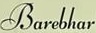
Barebhar